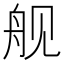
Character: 舰